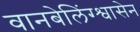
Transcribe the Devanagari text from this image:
वानबेलिंग्श्वासेन